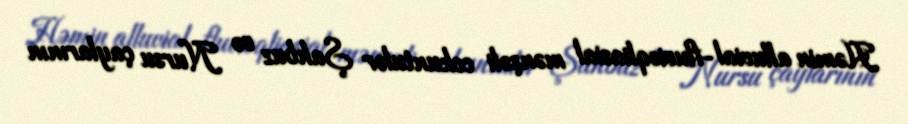
Həmin alluvial-fluvioqliasial mənşəli cokuntulər Şahbuz və Nursu çaylarının